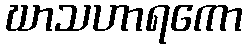
ဃာသဟာရကော